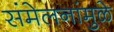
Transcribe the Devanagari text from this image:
संमेलनांमुळे